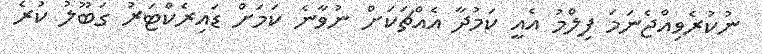
ނުކުރެވިއްޖެނަމަ ފިލްމު އެއީ ކަމުދާ އެއްޗަކަށް ނުވާނެ ކަމަށް ޑައިރެކްޓަރު ގަބޫލު ކުރެ